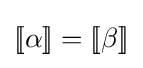
[\![\alpha ]\!]=[\![\beta ]\!]